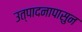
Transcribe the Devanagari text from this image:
उत्पादनापासुन